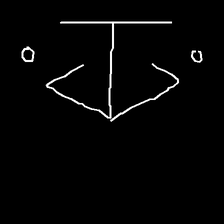
Glyph: earth